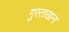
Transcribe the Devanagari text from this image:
गुस्ताखाना